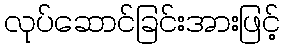
လုပ်ဆောင်ခြင်းအားဖြင့်